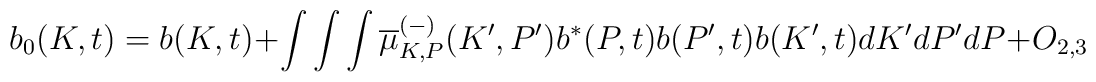
b_{0}(K,t)=b(K,t)+\int \int \int \overline{\mu }_{K,P}^{(-)}(K^{\prime},P^{\prime })b^{\ast }(P,t)b(P^{\prime },t)b(K^{\prime },t)dK^{\prime}dP^{\prime }dP+O_{2,3}